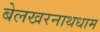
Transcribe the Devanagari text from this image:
बेलखरनाथधाम